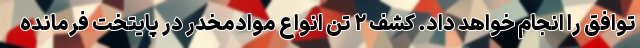
توافق را انجام خواهد داد. کشف ۲ تن انواع موادمخدر در پایتخت فرمانده